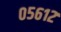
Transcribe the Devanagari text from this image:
०५६१२